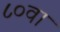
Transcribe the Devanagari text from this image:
८०वा